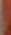
-